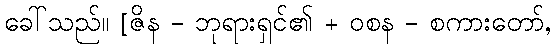
ခေါ်သည်။ [ဇိန - ဘုရားရှင်၏ + ဝစန - စကားတော်,